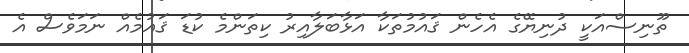
ތޫނިސްއަކީ ދުނިޔޭގެ އެހެން ޤައުމުތަކާ އަޅާބަލާއިރު ކިތަންމެ ކުޑަ ޤައުމެއް ނަމަވެސް އެ